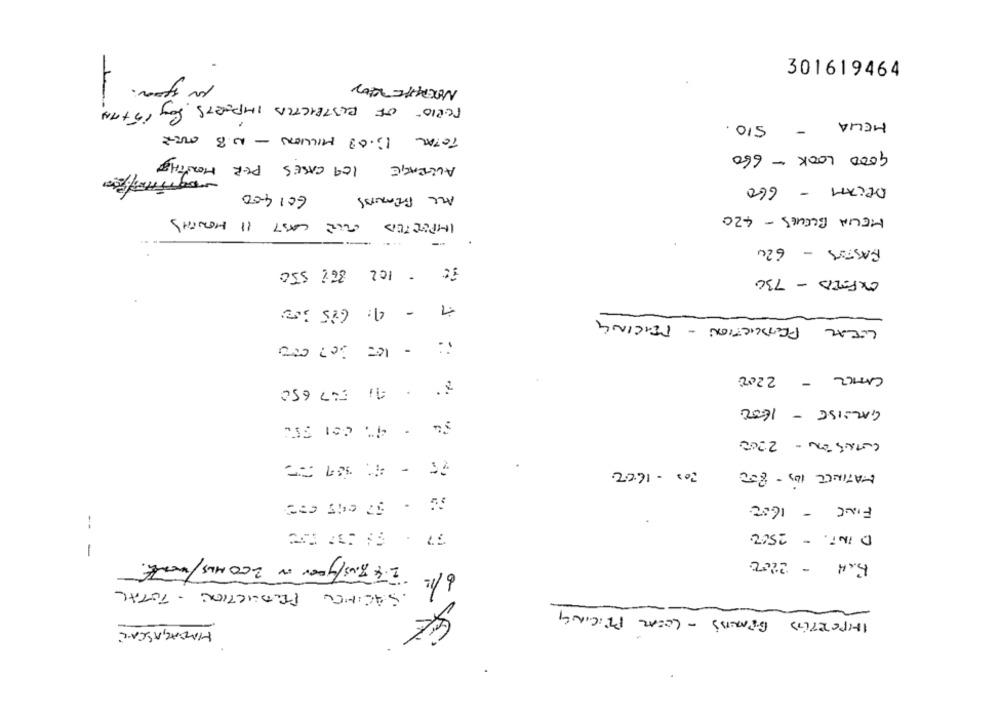
301619464
TORIO OF RESTRICTED IMPORTS SOY 15 +AN
- 510.
MELIA
TOTAL 13.08 MILLION - N.8 OVER
GOOD LOOK - 660
AVERAGE 109 CASES PER MONTHE
DECAM - 660
601400
ALL FriMUSS
MELIA BLEUES - 420
IMPORTED UN CAST 11 MONTHS
FASTOR - 620
it - 102 86% 550
OXFORD - 730
7 - 4: 685 300
LOCAL PRODUCTION - FENCING
- 10= 307 000
CATCZ - 2200
** * 41 57 650
GALLISE - 1600
WANT ON - 2000
200 - 16:02.
MATINLE 105 - 800
FINE - 16:00
D INT. - 2502
--
1
2 . 4 Tous/year on 200 MLS/ wENTE.
Bar- 2200
6/12
. SALINES PRODUCTION - TOTAL
IMPORTED BRANDS - LOCAL PRICING
MADAGASCAR